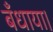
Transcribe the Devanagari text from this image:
बँधाया।